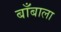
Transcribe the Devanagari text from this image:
बाँबाला